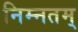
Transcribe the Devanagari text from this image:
निम्नतम्